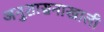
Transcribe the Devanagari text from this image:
अनुशासनाखाली